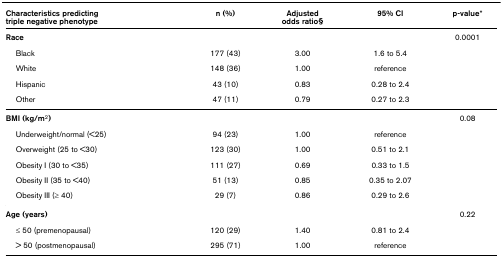
| Characteristics predictingtriple negative phenotype | n (%) | Adjustedodds ratio§ | 95% CI | p-value* |
 | --- | --- | --- | --- | --- |
 | Race |  |  |  | 0.0001 |
 | Black | 177 (43) | 3.00 | 1.6 to 5.4 |  |
 | White | 148 (36) | 1.00 | reference |  |
 | Hispanic | 43 (10) | 0.83 | 0.28 to 2.4 |  |
 | Other | 47 (11) | 0.79 | 0.27 to 2.3 |  |
 | BMI (kg/m2) |  |  |  | 0.08 |
 | Underweight/normal (<25) | 94 (23) | 1.00 | reference |  |
 | Overweight (25 to <30) | 123 (30) | 1.00 | 0.51 to 2.1 |  |
 | Obesity I (30 to <35) | 111 (27) | 0.69 | 0.33 to 1.5 |  |
 | Obesity II (35 to <40) | 51 (13) | 0.85 | 0.35 to 2.07 |  |
 | Obesity III (≥ 40) | 29 (7) | 0.86 | 0.29 to 2.6 |  |
 | Age (years) |  |  |  | 0.22 |
 | ≤ 50 (premenopausal) | 120 (29) | 1.40 | 0.81 to 2.4 |  |
 | > 50 (postmenopausal) | 295 (71) | 1.00 | reference |  |